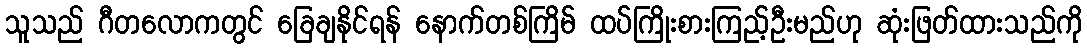
သူသည် ဂီတလောကတွင် ခြေချနိုင်ရန် နောက်တစ်ကြိမ် ထပ်ကြိုးစားကြည့်ဦးမည်ဟု ဆုံးဖြတ်ထားသည်ကို